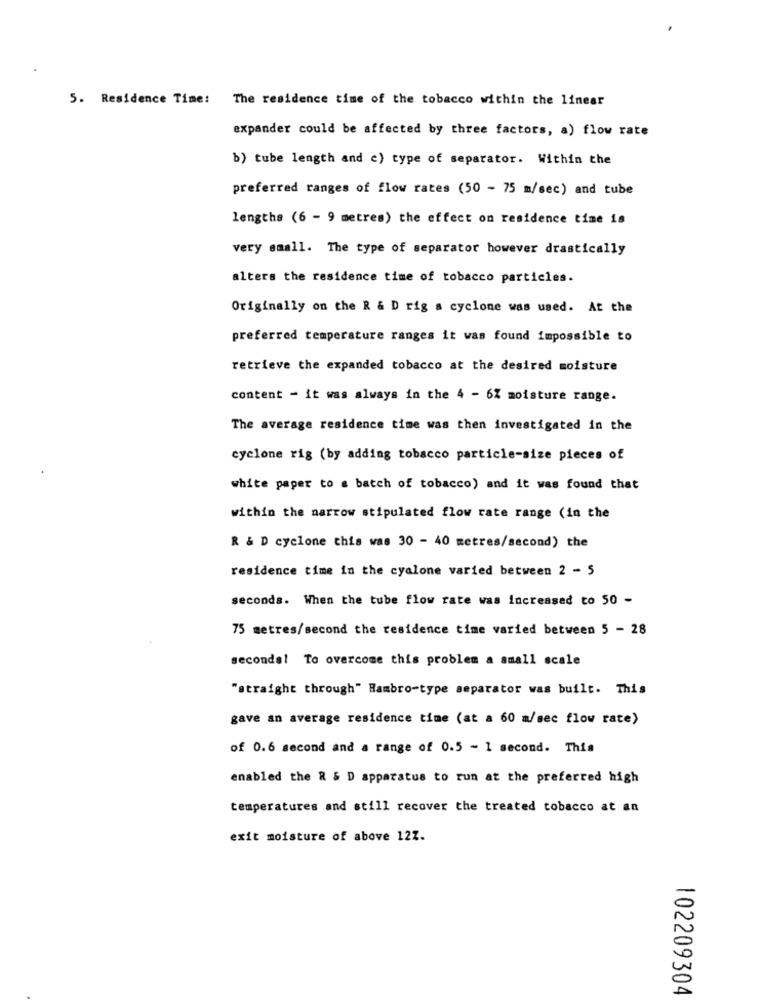
5. Residence Time: The residence time of the tobacco within the linear
expander could be affected by three factors, a) flow rate
b) tube length and c) type of separator. Within the
preferred ranges of flow rates (50 - 75 m/sec) and tube
lengths (6 - 9 metres) the effect on residence time is
very small. The type of separator however drastically
alters the residence time of tobacco particles.
Originally on the R & D rig a cyclone was used. At the
preferred temperature ranges it was found impossible to
retrieve the expanded tobacco at the desired moisture
content - it was always in the 4 - 6% moisture range.
The average residence time was then investigated in the
cyclone rig (by adding tobacco particle-size pieces of
white paper to a batch of tobacco) and it was found that
within the narrow stipulated flow rate range (in the
R & D cyclone this was 30 - 40 metres/second) the
residence time in the cyalone varied between 2 - 5
seconds. When the tube flow rate was Increased to 50 -
75 metres/second the residence time varied between 5 - 28
secondal To overcome this problem a small scale
"straight through" Hambro-type separator was built. This
gave an average residence time (at a 60 m/sec flow rate)
of 0.6 second and a range of 0.5 - 1 second. This
enabled the R & D apparatus to run at the preferred high
temperatures and still recover the treated tobacco at an
exit moisture of above 12Z.
102209304